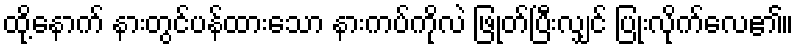
ထို့နောက် နားတွင်ပန်ထားသော နားကပ်ကိုလဲ ဖြုတ်ပြီးလျှင် ပြုံးလိုက်လေ၏။